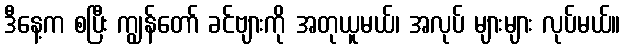
ဒီနေ့က စပြီး ကျွန်တော် ခင်ဗျားကို အတုယူမယ်၊ အလုပ် များများ လုပ်မယ်။